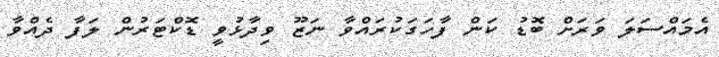
އެމައްސަލަ ވަރަށް ބޮޑު ކަން ފާހަގަކުރައްވާ ނަޒޫ ވިދާޅުވީ ޑޮކްޓަރުން ލަފާ ދެއްވާ